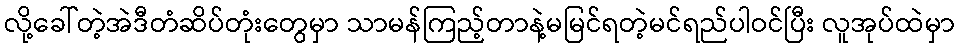
လို့ခေါ်တဲ့အဲဒီတံဆိပ်တုံးတွေမှာ သာမန်ကြည့်တာနဲ့မမြင်ရတဲ့မင်ရည်ပါဝင်ပြီး လူအုပ်ထဲမှာ